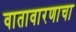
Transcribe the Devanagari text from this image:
वातावारणाचा